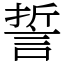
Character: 誓